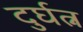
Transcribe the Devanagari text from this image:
दुर्घत्न